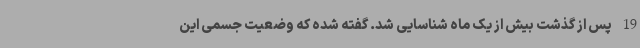
19 پس از گذشت بیش از یک ماه شناسایی شد. گفته شده که وضعیت جسمی این